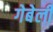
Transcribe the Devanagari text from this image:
गेबेली